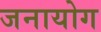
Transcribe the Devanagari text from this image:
जनायोग